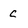
Character: c